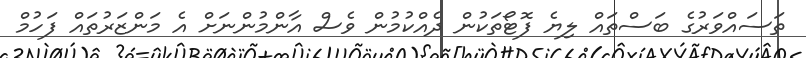
ތަސައްވަރުގެ ބަސްތައް ލިޔެ ފޮޓޯތަކުން ދެއްކުމުން ވެސް އާންމުންނަށް އެ މަންޒަރުތައް ފަހުމް